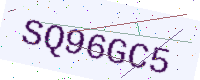
Text: SQ96GC5